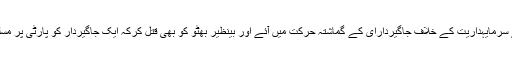
خیر پهر سے سرمایہداریت کے خلاف جاگیردارای کے گماشتہ حرکت میں آئے اور بینظیر بھٹو کو بھی قتل کرکہ ایک جاگیردار کو پارٹی پر مسلط کر دیا گیا۔